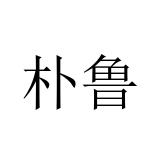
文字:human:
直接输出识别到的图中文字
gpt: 朴鲁